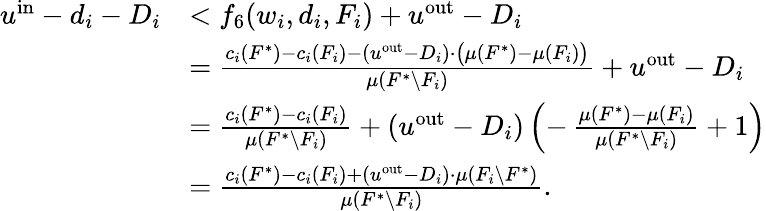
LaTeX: \begin{array}{rl}{u^{\mathrm{in}}-d_{i}-D_{i}}&{<f_{6}(w_{i},d_{i},F_{i})+u^{\mathrm{out}}-D_{i}}\\ {}&{=\frac{c_{i}(F^{*})-c_{i}(F_{i})-(u^{\mathrm{out}}-D_{i})\cdot\big(\mu(F^{*})-\mu(F_{i})\big)}{\mu(F^{*}\setminus F_{i})}+u^{\mathrm{out}}-D_{i}}\\ {}&{=\frac{c_{i}(F^{*})-c_{i}(F_{i})}{\mu(F^{*}\setminus F_{i})}+(u^{\mathrm{out}}-D_{i})\left(-\, \frac{\mu(F^{*})-\mu(F_{i})}{\mu(F^{*}\setminus F_{i})}+1\right)}\\ {}&{=\frac{c_{i}(F^{*})-c_{i}(F_{i})+(u^{\mathrm{out}}-D_{i})\cdot\mu\left(F_{i}\setminus F^{*}\right)}{\mu\left(F^{*}\setminus F_{i}\right)}.}\end{array}